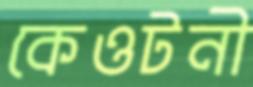
কেওটনী